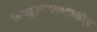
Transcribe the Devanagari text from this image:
सिंहचतुर्मुखस्तम्भशीर्ष